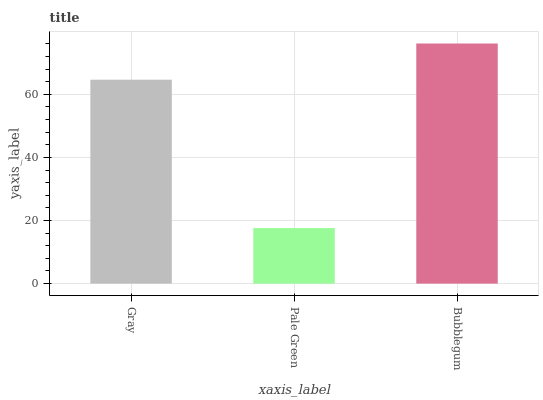
| xaxis_label | bars |
 | --- | --- |
 | Gray | 64.6 |
 | Pale Green | 17.6 |
 | Bubblegum | 76.1 |